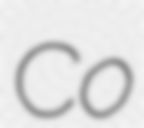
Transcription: Co